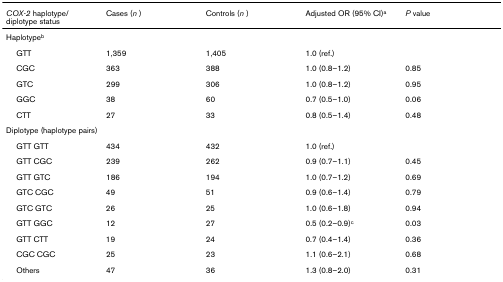
<table><thead><tr><td><b><i>COX-2 </i>haplotype/diplotype status</b></td><td><b>Cases (<i>n </i>)</b></td><td><b>Controls (<i>n </i>)</b></td><td><b>Adjusted OR (95% CI)<sup>a</sup></b></td><td><b><i>P </i>value</b></td></tr></thead><tbody><tr><td>Haplotype<sup>b</sup></td><td></td><td></td><td></td><td></td></tr><tr><td> GTT</td><td>1,359</td><td>1,405</td><td>1.0 (ref.)</td><td></td></tr><tr><td> CGC</td><td>363</td><td>388</td><td>1.0 (0.8–1.2)</td><td>0.85</td></tr><tr><td> GTC</td><td>299</td><td>306</td><td>1.0 (0.8–1.2)</td><td>0.95</td></tr><tr><td> GGC</td><td>38</td><td>60</td><td>0.7 (0.5–1.0)</td><td>0.06</td></tr><tr><td> CTT</td><td>27</td><td>33</td><td>0.8 (0.5–1.4)</td><td>0.48</td></tr><tr><td>Diplotype (haplotype pairs)</td><td></td><td></td><td></td><td></td></tr><tr><td> GTT GTT</td><td>434</td><td>432</td><td>1.0 (ref.)</td><td></td></tr><tr><td> GTT CGC</td><td>239</td><td>262</td><td>0.9 (0.7–1.1)</td><td>0.45</td></tr><tr><td> GTT GTC</td><td>186</td><td>194</td><td>1.0 (0.7–1.2)</td><td>0.69</td></tr><tr><td> GTC CGC</td><td>49</td><td>51</td><td>0.9 (0.6–1.4)</td><td>0.79</td></tr><tr><td> GTC GTC</td><td>26</td><td>25</td><td>1.0 (0.6–1.8)</td><td>0.94</td></tr><tr><td> GTT GGC</td><td>12</td><td>27</td><td>0.5 (0.2–0.9)<sup>c</sup></td><td>0.03</td></tr><tr><td> GTT CTT</td><td>19</td><td>24</td><td>0.7 (0.4–1.4)</td><td>0.36</td></tr><tr><td> CGC CGC</td><td>25</td><td>23</td><td>1.1 (0.6–2.1)</td><td>0.68</td></tr><tr><td> Others</td><td>47</td><td>36</td><td>1.3 (0.8–2.0)</td><td>0.31</td></tr></tbody></table>